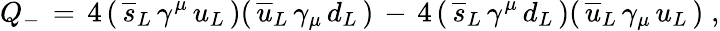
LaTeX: Q_{-}\, =\, 4\, (\, \overline{{{s}}}_{L}\, \gamma^{\mu}\, u_{L}\, )(\, \overline{{{u}}}_{L}\, \gamma_{\mu}\, d_{L}\, )\, -\, 4\, (\, \overline{{{s}}}_{L}\, \gamma^{\mu}\, d_{L}\, )(\, \overline{{{u}}}_{L}\, \gamma_{\mu}\, u_{L}\, )\; ,